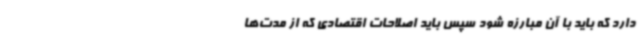
دارد که باید با آن مبارزه شود سپس باید اصلاحات اقتصادی که از مدت‌ها